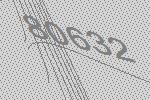
80632